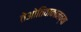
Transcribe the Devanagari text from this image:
तेओतिवाकानच्या